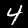
Label: 4